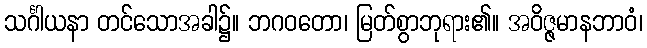
သင်္ဂါယနာ တင်သောအခါ၌။ ဘဂဝတော၊ မြတ်စွာဘုရား၏။ အဝိဇ္ဇမာနဘာဝံ၊